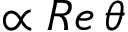
\propto R e \, \theta